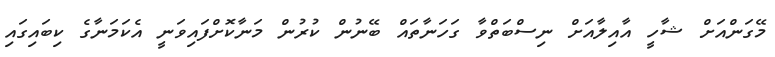
މޭގަންއަށް ޝާހީ އާއިލާއަށް ނިސްބަތްވާ ގަހަނާތައް ބޭނުން ކުރުން މަނާކޮށްފައިވަނީ އެކަމަނާގެ ކިބައިގައި